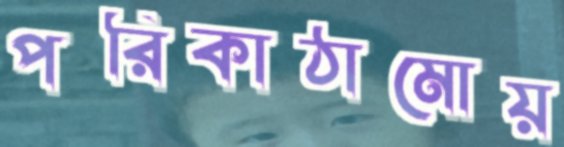
পরিকাঠামোয়